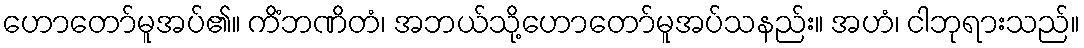
ဟောတော်မူအပ်၏။ ကိံဘဏိတံ၊ အဘယ်သို့ဟောတော်မူအပ်သနည်း။ အဟံ၊ ငါဘုရားသည်။